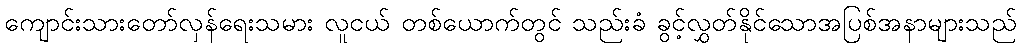
ကျောင်းသားတော်လှန်ရေးသမား လူငယ် တစ်ယောက်တွင် သည်းခံ ခွင့်လွှတ်နိုင်သောအပြစ်အနာများသည်